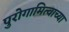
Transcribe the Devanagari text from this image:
पुरोगामित्वाच्या